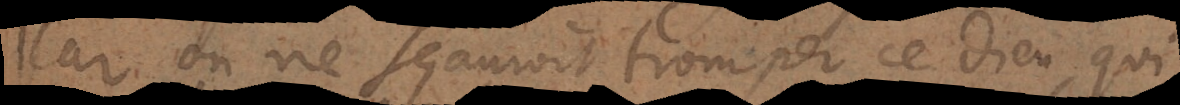
car on ne sçauroit tromper ce Dieu, qui